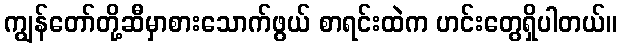
ကျွန်တော်တို့ဆီမှာစားသောက်ဖွယ် စာရင်းထဲက ဟင်းတွေရှိပါတယ်။